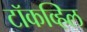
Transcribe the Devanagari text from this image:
टॉकव्हिल